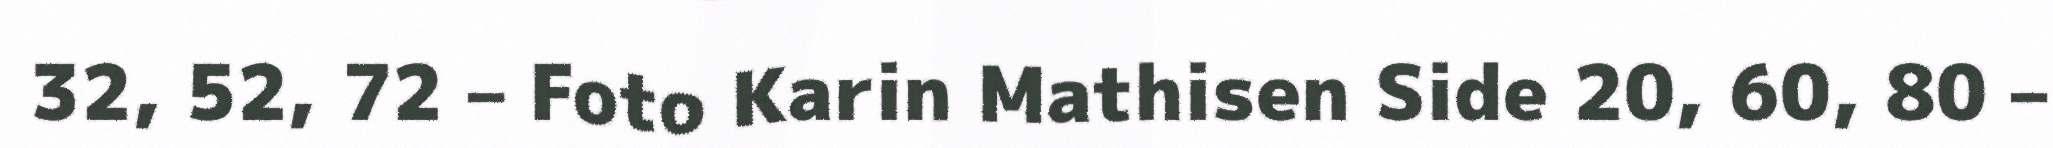
32, 52, 72 – Foto Karin Mathisen Side 20, 60, 80 –